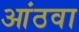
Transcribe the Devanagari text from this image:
आंठवा